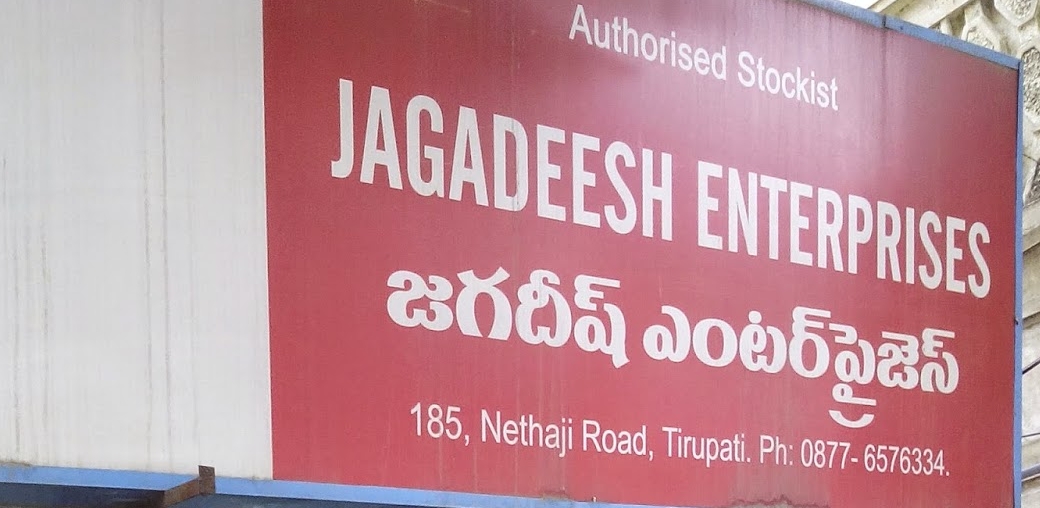
Language: telugu
Transcription: ఎంటర్ ప్రైజెస్ జగదీష్